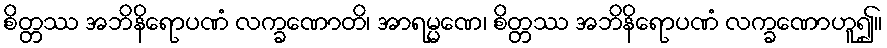
စိတ္တဿ အဘိနိရောပဏံ လက္ခဏောတိ၊ အာရမ္မဏေ၊ စိတ္တဿ အဘိနိရောပဏံ လက္ခဏောဟူ၍။